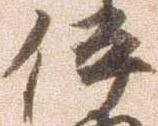
伊